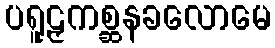
ပရူဠှကစ္ဆနခလောမေ